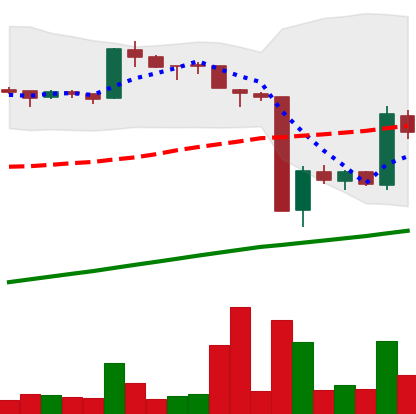
Ticker: BTC-USD
Chart end date: 2016-01-21
Forward return: -4.414%
Label: down_3_5